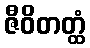
ဇီဝိတတ္ထံ